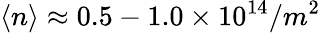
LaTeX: \langle n\rangle\approx 0.5-1.0\times 10^{14}/m^{2}